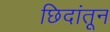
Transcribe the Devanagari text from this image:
छिदांतून